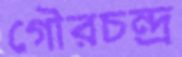
গৌরচন্দ্র